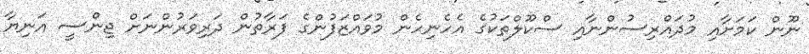
ނޫން ކަމަށާއި މުދައްރިސުންނާއި ސްކޫލްތަކުގެ އެހެނިހެން މުވައްޒަފުންގެ ފަރާތުން ދަރިވަރުންނަށް ޖިންސީ އަނިޔާ